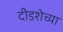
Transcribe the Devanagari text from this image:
दीडशेच्या